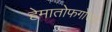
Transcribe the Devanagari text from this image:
हेमातोफगोउस